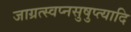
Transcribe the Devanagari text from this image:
जाग्रत्स्वप्नसुषुप्त्यादि